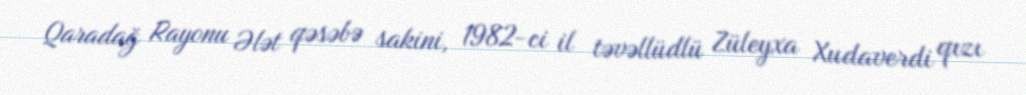
Qaradağ Rayonu Ələt qəsəbə sakini, 1982-ci il təvəllüdlü Züleyxa Xudaverdi qızı